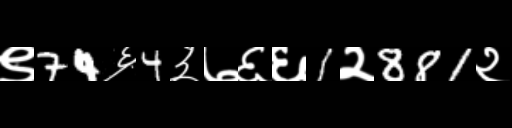
Text: ९74६4३७६६1२881२